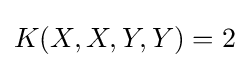
K(X,X,Y,Y)=2